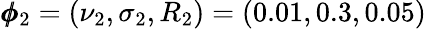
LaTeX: \pmb{\phi}_{2}=(\nu_{2},\sigma_{2},R_{2})=(0.01,0.3,0.05)